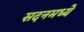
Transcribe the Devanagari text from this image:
सदनमध्ये